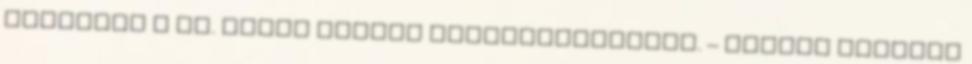
fogadjuk a Dr. Fejes András Sportcsarnokban. – Hétfőn délután